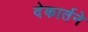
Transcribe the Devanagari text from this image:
देकार्तने